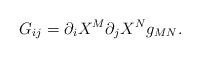
LaTeX: \begin{align*}G_{ij} = {\partial_i} X^M {\partial_j} X^N g_{MN}.\end{align*}